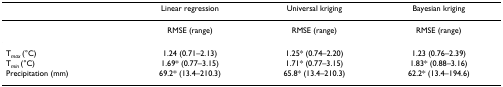
|  | Linear regression | Universal kriging | Bayesian kriging |
 | --- | --- | --- | --- |
 |  | RMSE (range) | RMSE (range) | RMSE (range) |
 | Tmax (°C) | 1.24 (0.71–2.13) | 1.25* (0.74–2.20) | 1.23 (0.76–2.39) |
 | Tmin (°C) | 1.69* (0.77–3.15) | 1.71* (0.77–3.15) | 1.83* (0.88–3.16) |
 | Precipitation (mm) | 69.2* (13.4–210.3) | 65.8* (13.4–210.3) | 62.2* (13.4–194.6) |